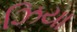
ઝિયા